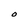
Character: O